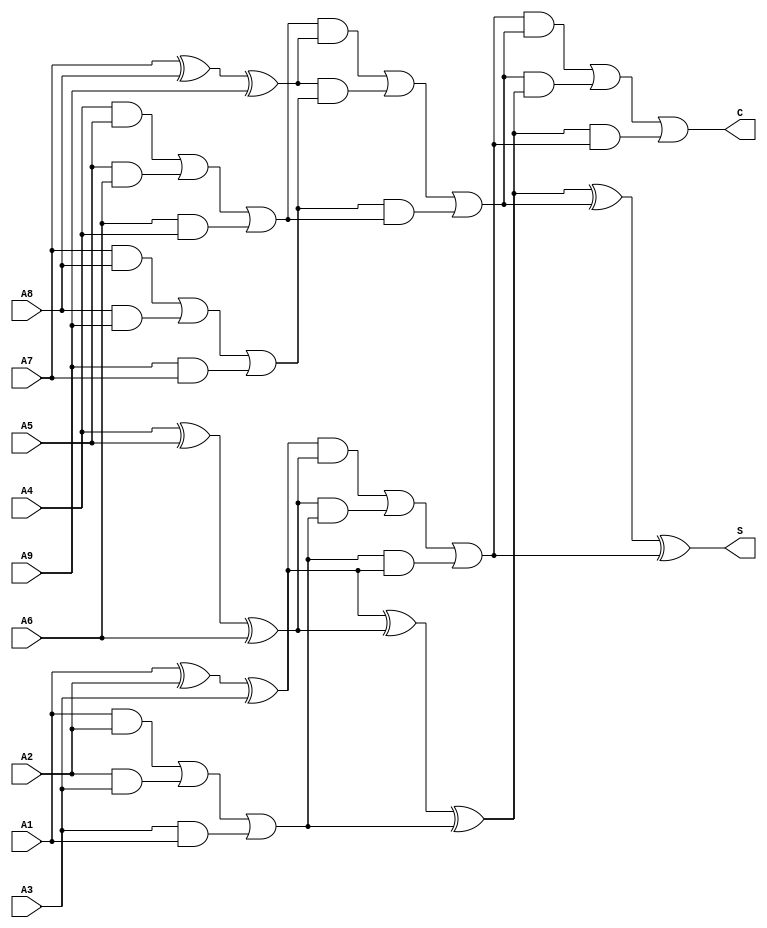
module tree_structured_csa (
    input [N-1:0] A1, A2, A3, // Inputs
    input [N-1:0] A4, A5, A6,
    input [N-1:0] A7, A8, A9,
    output [N-1:0] S, // Sum output
    output [N-1:0] C  // Carry output
);
parameter N = 8; // Bit width for inputs

// Intermediate wires for sums and carries
wire [N-1:0] sum0_1, carry0_1;
wire [N-1:0] sum0_2, carry0_2;
wire [N-1:0] sum1_1, carry1_1;
wire [N-1:0] sum1_2, carry1_2;
wire [N-1:0] final_sum, final_carry;

// Level 0: Grouping inputs (A1, A2, A3), (A4, A5, A6), (A7, A8, A9)
assign {carry0_1, sum0_1} = {((A1 & A2) | (A2 & A3) | (A3 & A1)), (A1 ^ A2 ^ A3)};
assign {carry0_2, sum0_2} = {((A4 & A5) | (A5 & A6) | (A6 & A4)), (A4 ^ A5 ^ A6)};
assign {carry1_1, sum1_1} = {((A7 & A8) | (A8 & A9) | (A9 & A7)), (A7 ^ A8 ^ A9)};

// Level 1: Combine the results from Level 0
wire [N-1:0] sum_lvl1_1, carry_lvl1_1;
wire [N-1:0] sum_lvl1_2, carry_lvl1_2;

assign {carry_lvl1_1, sum_lvl1_1} = {((sum0_1 & sum0_2) | (sum0_2 & carry0_1) | (carry0_1 & sum0_1)), (sum0_1 ^ sum0_2 ^ carry0_1)};
assign {carry_lvl1_2, sum_lvl1_2} = {((carry0_2 & sum1_1) | (sum1_1 & carry1_1) | (carry1_1 & carry0_2)), (carry0_2 ^ sum1_1 ^ carry1_1)};

// Level 2: Final combination of sums and carries
assign {C, S} = {((carry_lvl1_1 & carry_lvl1_2) | (carry_lvl1_2 & sum_lvl1_1) | (sum_lvl1_1 & carry_lvl1_1)), (sum_lvl1_1 ^ carry_lvl1_2 ^ carry_lvl1_1)};

endmodule